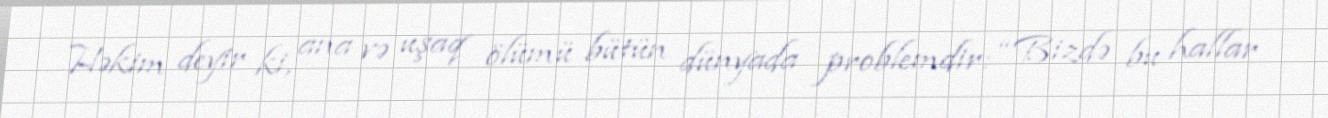
Həkim deyir ki, ana və uşaq ölümü bütün dünyada problemdir: “Bizdə bu hallar